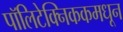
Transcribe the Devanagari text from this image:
पॉलिटेक्निककमधून